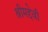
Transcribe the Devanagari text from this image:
श्रीमद्देवी